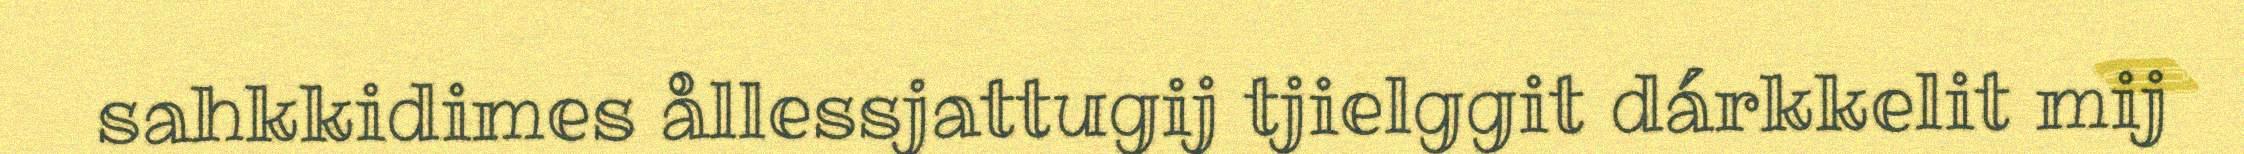
sahkkidimes ållessjattugij tjielggit dárkkelit mij